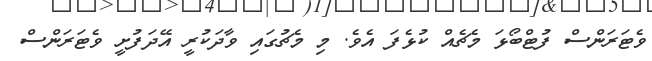
ވެޓަރަންސް ފުޓްބޯޅަ މެޗެއް ކުޅެފަ އެވެ. މި މެޗުގައި ވާދަކުރީ އޭދަފުށީ ވެޓަރަންސް